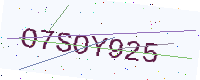
Text: O7SOY925